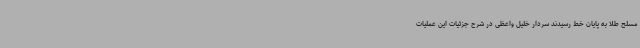
مسلح طلا به پایان خط رسیدند سردار خلیل واعظی در شرح جزئیات این عملیات